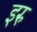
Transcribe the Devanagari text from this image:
इरु